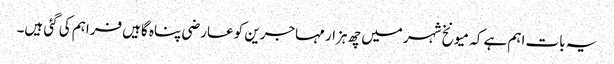
یہ بات اہم ہے کہ میونخ شہر میں چھ ہزار مہاجرین کو عارضی پناہ گاہیں فراہم کی گئی ہیں۔